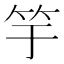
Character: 竽